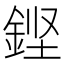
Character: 𮡸